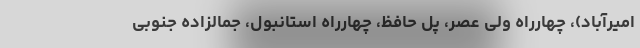
امیرآباد)، چهارراه ولی عصر، پل حافظ، چهارراه استانبول، جمالزاده جنوبی